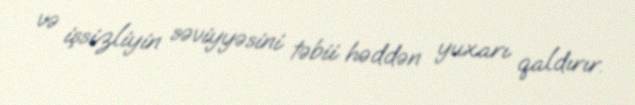
və işsizliyin səviyyəsini təbii həddən yuxarı qaldırır.